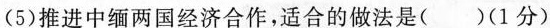
(5)推进中缅两国经济合作，适合的做法是( )(1分)